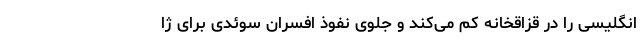
انگلیسی را در قزاقخانه کم می‌کند و جلوی نفوذ افسران سوئدی برای ژا